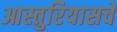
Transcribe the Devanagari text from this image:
आस्तुरियासचे